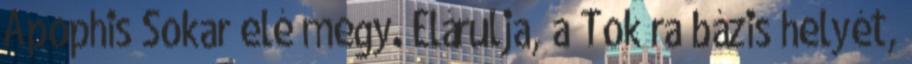
Apophis Sokar elé megy. Elárulja, a Tok’ra bázis helyét,